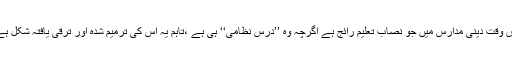
اس وقت دینی مدارس میں جو نصاب تعلیم رائج ہے اگرچہ وہ ’’درس نظامی‘‘ ہی ہے ،تاہم یہ اس کی ترمیم شدہ اور ترقی یافتہ شکل ہے۔